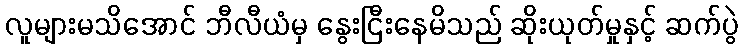
လူများမသိအောင် ဘီလီယံမှ နွေးငြီးနေမိသည် ဆိုးယုတ်မှုနှင့် ဆက်ပွဲ